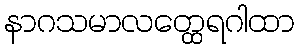
နာဂသမာလတ္ထေရဂါထာ